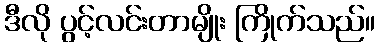
ဒီလို ပွင့်လင်းတာမျိုး ကြိုက်သည်။